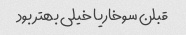
قبلن سوخاریا خیلی بهتر بود